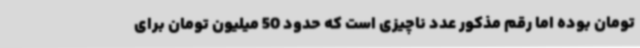
تومان بوده اما رقم مذکور عدد ناچیزی است که حدود 50 میلیون تومان برای